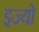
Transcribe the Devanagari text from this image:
इज्यो